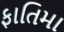
ફાતિમા